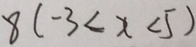
8 ( - 3 < x < 5 )